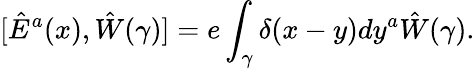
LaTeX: [\hat{E}^{a}(x),\hat{W}(\gamma)]=e\int_{\gamma}\delta(x-y)dy^{a}\hat{W}(\gamma).